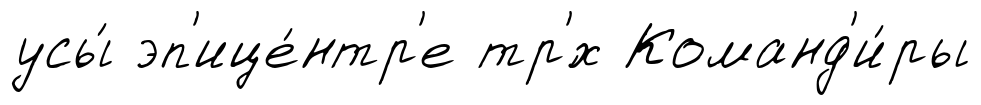
усы́ эп'ице́нтр'е тр'́х Команд'и́ры